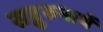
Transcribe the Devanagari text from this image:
सद्गुरुनाथें